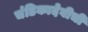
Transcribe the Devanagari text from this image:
चंडिकादेवीची